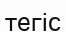
тегіс